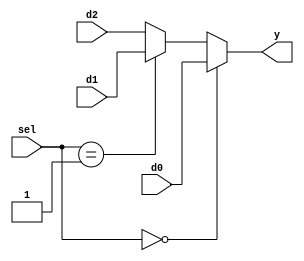
`timescale 1ns / 1ps

module mux32bit3to1 (input [31:0] d0, d1, d2,
		input [1:0] sel,
		output reg [31:0] y);

always@(d0 or d1 or d2)
begin
	if(sel == 2'b00)
		y <= d0;
	else if(sel == 2'b01)
		y <= d1;
	else
		y <= d2;
end
endmodule